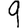
Digit: 9